Report of the Municipal Commissioner on the plague in Bombay for the year ending 31st May... - Volume 2
Disease focus: Plague
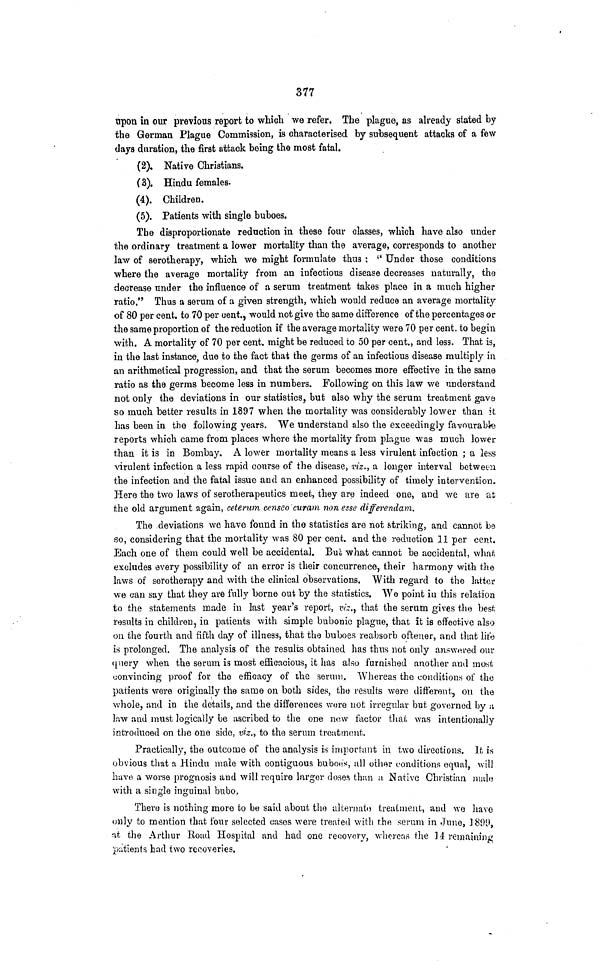
377
opon in our previous report to which we refer. The plague, as already stated by
the German Plague Commission, is characterised by subsequent attacks of a few
days duration, the first attack being the most fatal.
(2). Native Christians.
(3). Hindu females.
(4). Children.
(5). Patients with single buboes.
The disproportionate reduction in these four classes, winch have also under
the ordinary treatment a lower mortality than the average, corresponds to another
law of serotherapy, which we might formulate thu3 : " Under those conditions
where the average mortality from an infectious disease decreases naturally, the
decrease under the influence of a serum treatment takes place in a much higher
ratio." Thus a serum of a given strength, which would reduce an average mortality
of 80 per cent. to 70 per cent., would not give the same difference of the percentages or
the same proportion of the reduction if the average mortality were 70 per cent. to begin
with. A mortality of 70 per cent. might be reduced to 50 per cent., and less. That is,
in the last instance, due to the fact that the germs of an infectious disease multiply in
an arithmetical progression, and that the serum becomes more effective in the same
ratio as the germs become less in numbers. Following on this law we understand
not only the deviations in our statistics, but also why the serum treatment gave
so much better results in 1897 when the mortality was considerably lower than it.
has been in the following years. We understand also the exceedingly favourable
reports which came from places where the mortality from plague was much lower
than it is in Bombay. A lower mortality means a less virulent infection ; a less
virulent infection a less rapid course of the disease, viz., a longer interval between
the infection and the fatal issue and an enhanced possibility of timely intervention.
Here the two laws of serotherapeutics meet, they are indeed one, and we are at
the old argument again, ceterum censeo curam non esse differendam.
The deviations we have found in the statistics are not striking, and cannot be
so, considering that the mortality was 80 per cent. and the reduction 11 per cent.
Each one of them could well be accidental. But what cannot be accidental, what
excludes every possibility of an error is their concurrence, their harmony with the
laws of serotherapy and with the clinical observations. With regard to the latter
we can say that they are fully borne out by the statistics. We point in this relation
to the statements made in last year's report, viz., that the serum gives the best
results in children, in patients with simple bubonic plague, that it is effective also
on the fourth and fifth day of illness, that the buboes reabsorb oftener, and that life
is prolonged. The analysis of the results obtained has thus not only answered our
query when the serum is most efficacious, it has also furnished another and most
convincing proof for the efficacy of the serum. Whereas the conditions of the
patients were originally the same on both sides, the results were different, on the
whole, and in the details, and the differences wore not irregular but governed by a
law and must logically be ascribed to the one new factor that was intentionally
introduced on the one side, viz.-, to the serum treatment.
Practically, the outcome of the analysis is important in two directions. It is
obvious that a Hindu male with contiguous buboes, all other conditions equal, will
have a worse prognosis and will require larger doses than a Native Christian malo
with a single inguinal bubo.
There is nothing more to be said about the alternate treatment, and we have
only to mention that four selected cases were treated with the serum in »June, 1899,
at the Arthur Road Hospital and had one recovery, whereas the 14 remaining
patients had two recoveries.